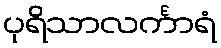
ပုရိသာလင်္ကာရံ